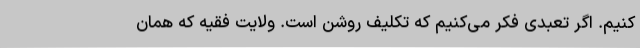
کنیم. اگر تعبدی فکر می‌کنیم که تکلیف روشن است. ولایت فقیه که همان